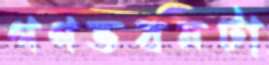
গণভবনটা